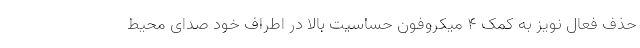
حذف فعال نویز به کمک ۴ میکروفون حساسیت بالا در اطراف خود صدای محیط